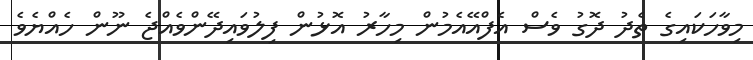
މިވާހަކައިގެ ތެދު ދޮގު ވެސް އެފްއޭއެމުން މިހާރު އޮޅުން ފިލުވައިދޭންވެއްޖެ ނޫން ހެއްޔެވެ